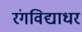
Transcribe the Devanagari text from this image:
रंगविद्याधर